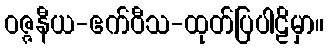
ဝဇ္ဇနီယ-ဧက်ဝီသ-ထုတ်ပြပါဠိမှာ။